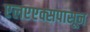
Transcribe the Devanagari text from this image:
एलएएक्सपासून